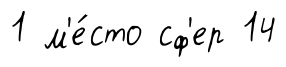
1 м'е́сто сф'ер 14